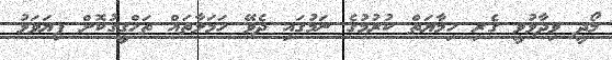
މޯދީ ވިދާޅުވީ ގެރި ހިމާޔަތް ކުރުމުގެ ނަމުގައި ދެވޭ ހަމަލާތައް ތަހްގީގުކޮށް ފިޔަވަޅު